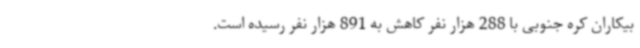
بیکاران کره جنوبی با 288 هزار نفر کاهش به 891 هزار نفر رسیده است.